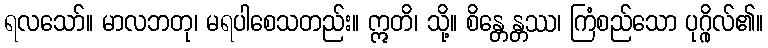
ရလသော်။ မာလဘတု၊ မရပါစေသတည်း။ ဣတိ၊ သို့။ စိန္တေန္တဿ၊ ကြံစည်သော ပုဂ္ဂိုလ်၏။